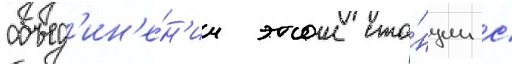
объед'ин'е́н'ии этои ста́нции с